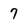
Character: 7